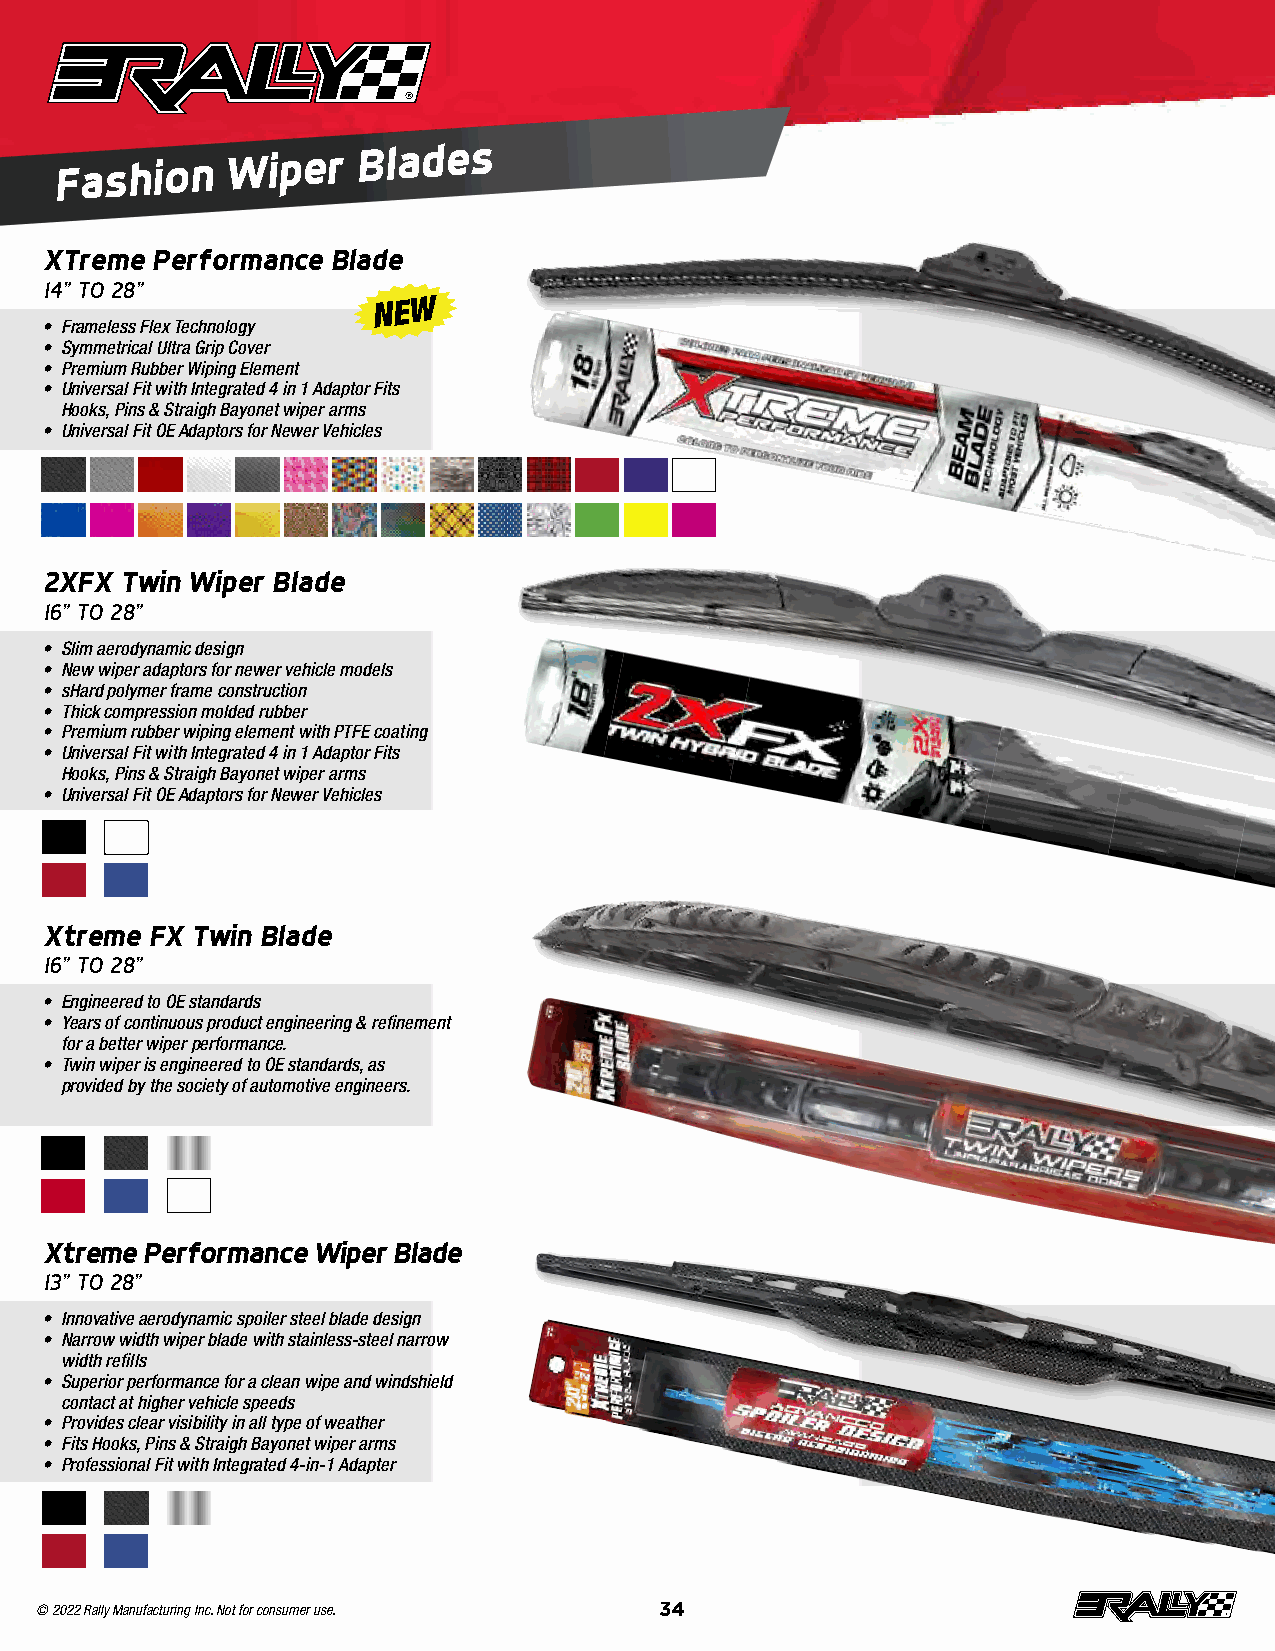
Fashion
 Wiper
 Blades
 XTreme Performance Blade
 14” TO 28”
 NEW
 • Frameless Flex Technology
 • Symmetrical Ultra Grip Cover
 • Premium Rubber Wiping Element
 • Universal Fit with Integrated 4 in 1 Adaptor Fits
 Hooks, Pins & Straigh Bayonet wiper arms
 • Universal Fit OE Adaptors for Newer Vehicles
 2XFX Twin Wiper Blade
 16” TO 28”
 • Slim aerodynamic design
 • New wiper adaptors for newer vehicle models
 • sHard polymer frame construction
 • Thick compression molded rubber
 • Premium rubber wiping element with PTFE coating
 • Universal Fit with Integrated 4 in 1 Adaptor Fits
 Hooks, Pins & Straigh Bayonet wiper arms
 • Universal Fit OE Adaptors for Newer Vehicles
 Xtreme FX Twin Blade
 16” TO 28”
 • Engineered to OE standards
 • Years of continuous product engineering & refinement
 for a better wiper p erformance .
 • Twin wiper is engineered to OE standards, as
 provided by the society of automotive engineers .
 Xtreme Performance Wiper Blade
 13” TO 28”
 • Innovative aerodynamic spoiler steel blade design
 • Narrow width wiper blade with stainless-steel narrow
 width refills
 • Superior performance for a clean wipe and windshield
 contact at higher vehicle speeds
 • Provides clear visibility in all type of weather
 • Fits Hooks, Pins & Straigh Bayonet wiper arms
 • Professional Fit with Integrated 4-in-1 Adapter
 © 2022 Rally Manufacturing Inc. Not for consumer use. 34